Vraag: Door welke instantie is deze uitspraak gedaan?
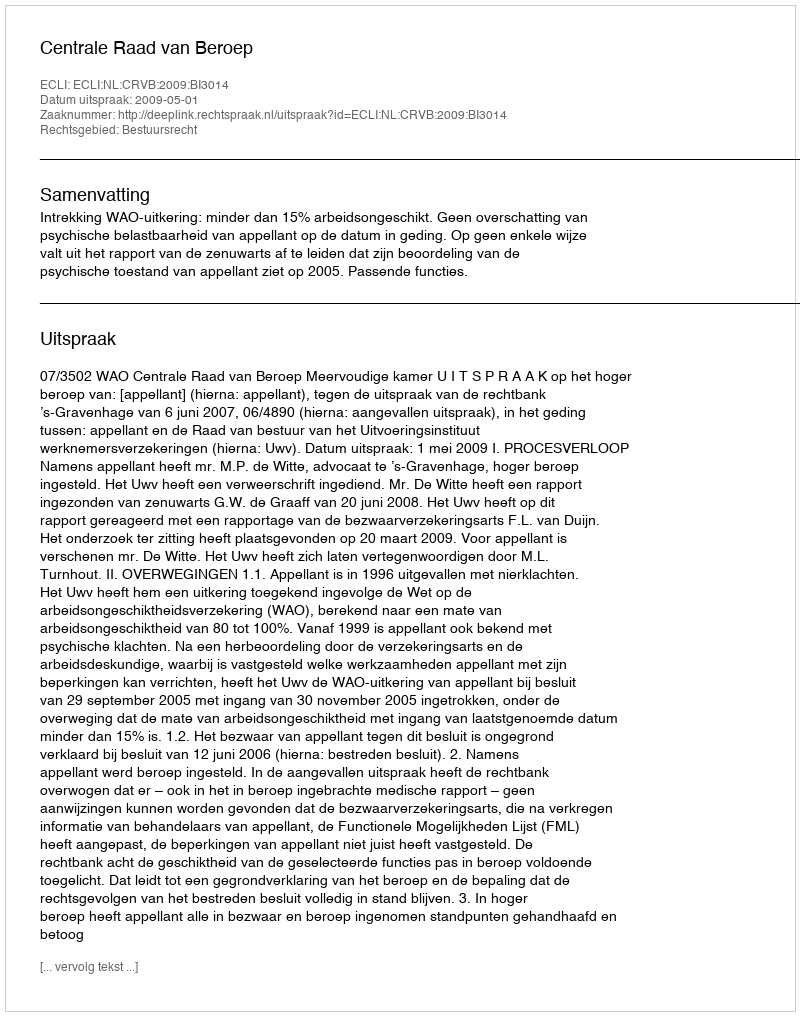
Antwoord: Centrale Raad van Beroep